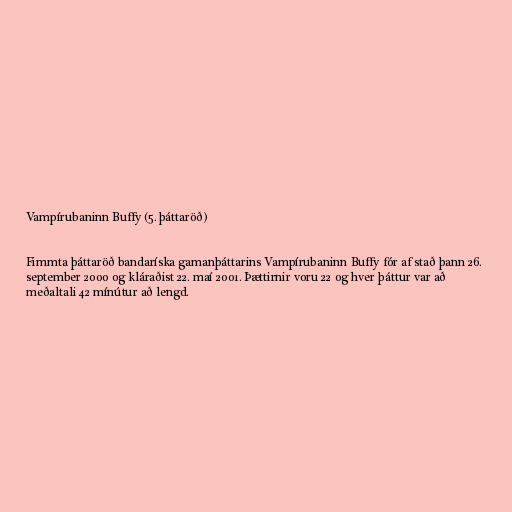
Vampírubaninn Buffy (5. þáttaröð)

Fimmta þáttaröð bandaríska gamanþáttarins Vampírubaninn Buffy fór af stað þann 26.
september 2000 og kláraðist 22. maí 2001. Þættirnir voru 22 og hver þáttur var að
meðaltali 42 mínútur að lengd.